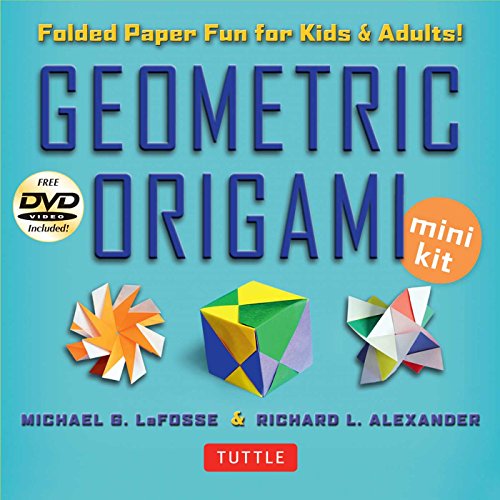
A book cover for Geometric Origami Mini Kit: Folded Paper Fun for Kids & Adults! [Origami Kit with Book, 48 Papers, & DVD]; Michael G. LaFosse; Humor & Entertainment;